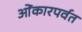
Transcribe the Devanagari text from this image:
ओंकारपर्वत